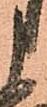
申